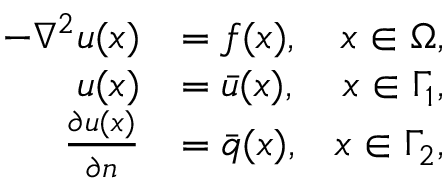
\begin{array} { r l r } { - \nabla ^ { 2 } u ( \boldsymbol { x } ) } & { = f ( \boldsymbol { x } ) , } & { \boldsymbol { x } \in \Omega , } \\ { u ( \boldsymbol { x } ) } & { = \bar { u } ( \boldsymbol { x } ) , } & { \boldsymbol { x } \in \Gamma _ { 1 } , } \\ { \frac { \partial u ( \boldsymbol { x } ) } { \partial \boldsymbol { n } } } & { = \bar { q } ( \boldsymbol { x } ) , } & { \boldsymbol { x } \in \Gamma _ { 2 } , } \end{array}